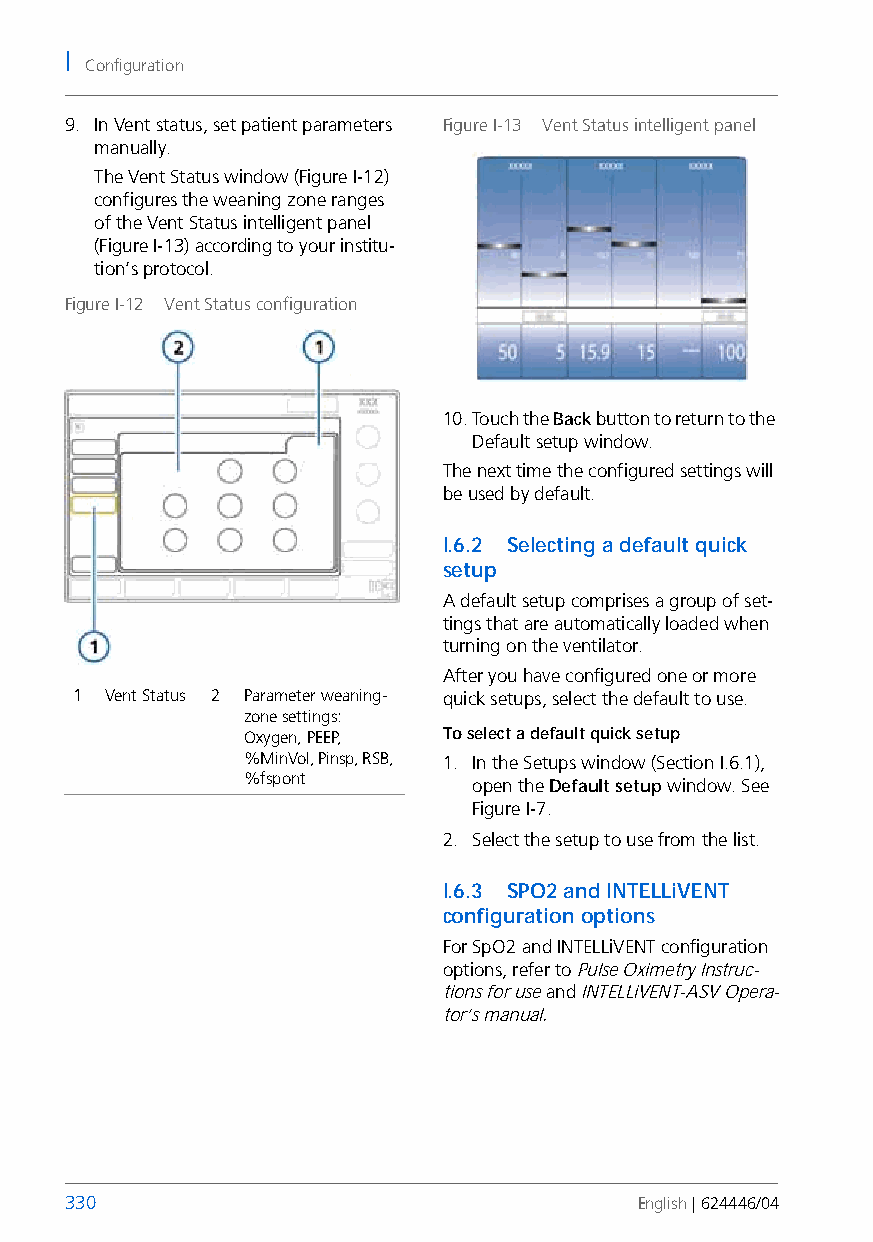
I
 Configuration
 9. In Vent status, set patient parameters Figure I-13 Vent Status intelligent panel
 manually.
 The Vent Status window (Figure I-12)
 configures the weaning zone ranges
 of the Vent Status intelligent panel
 (Figure I-13) according to your institu-
 tion’s protocol.
 Figure I-12 Vent Status configuration
 10.Touch the Back button to return to the
 Default setup window.
 The next time the configured settings will
 be used by default.
 I.6.2 Selecting a default quick
 setup
 A default setup comprises a group of set-
 tings that are automatically loaded when
 turning on the ventilator.
 After you have configured one or more
 1 Vent Status 2 Parameter weaning- quick setups, select the default to use.
 zone settings:
 Oxygen, PEEP, To select a default quick setup
 %MinVol, Pinsp, RSB, 1. In the Setups window (Section I.6.1),
 %fspont        open the Default setup window. See
 Figure I-7.
 2. Select the setup to use from the list.
 I.6.3 SPO2 and INTELLiVENT
 configuration options
 For SpO2 and INTELLiVENT configuration
 options, refer to Pulse Oximetry Instruc-
 tions for use and INTELLiVENT-ASV Opera-
 tor’s manual.
 330                                   English | 624446/04